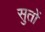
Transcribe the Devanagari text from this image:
सुतों